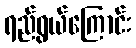
ရည်ရွယ်ကြောင်း